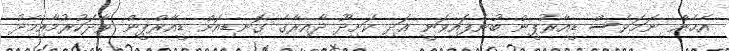
އެހެން ނަމަވެސް ޑީއާރުޕީން ބުނެފައިވަނީ އަދި ކަށިދޫ ދާއިރާގެ ގޮނޑިއަށް ޑީއާރްޕީން ވާދަކުރުމާއިމެދު